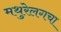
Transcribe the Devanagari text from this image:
मथुरेलगचा